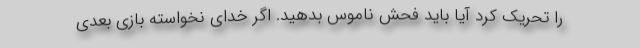
را تحریک کرد آیا باید فحش ناموس بدهید. اگر خدای نخواسته بازی بعدی